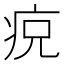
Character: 𱱎